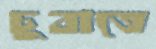
চুবাতে